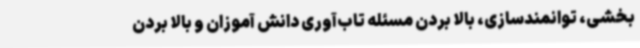
بخشی، توانمندسازی، بالا بردن مسئله تاب‌آوری دانش آموزان و بالا بردن